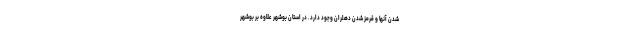
شدن آنها و قرمز شدن دهلران وجود دارد. در استان بوشهر علاوه بر بوشهر